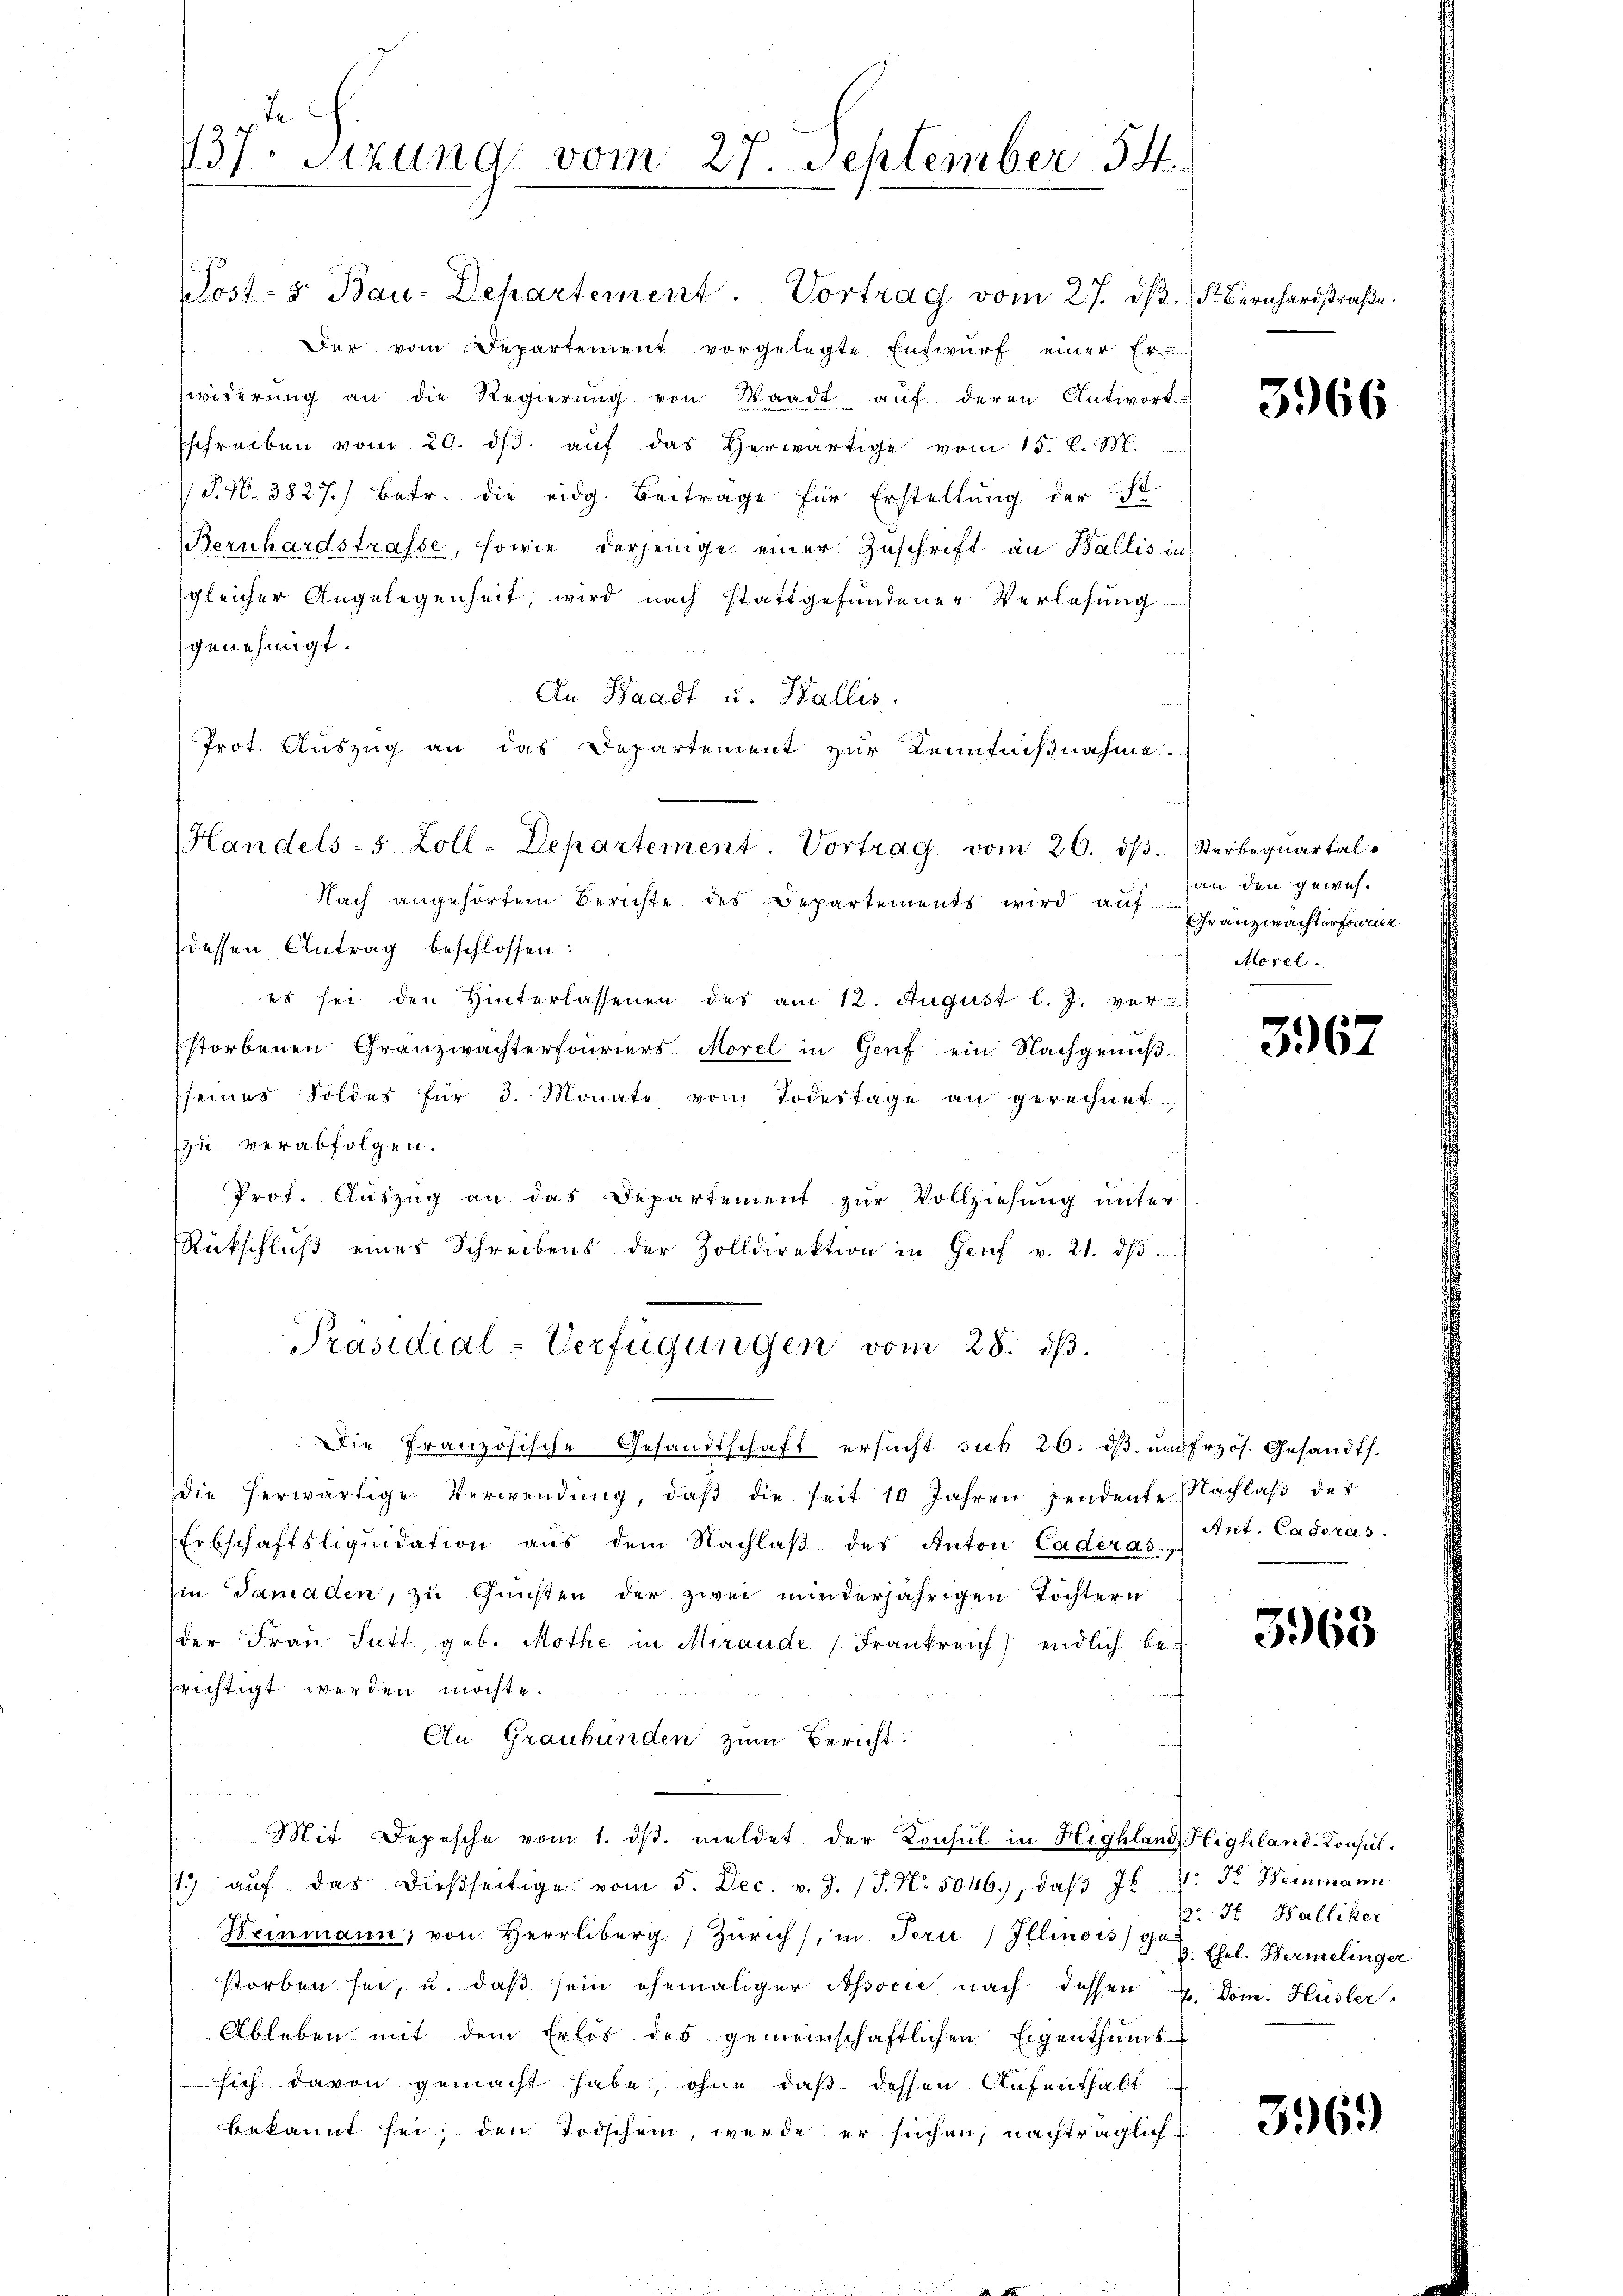
Je
737. Sitzung vom 27. September 14.

Prot. Auszug an das Departement zur Kenntnißnahme.
Handels-S. Zoll-Departement. Vortrag vom 26. dβ. Sterbeqŭartal-

Post- 5. Bau-Departement. Vortrag vom 27. dβ. 5. Bernhardstraβe.
Der vom Departement vorgelegte Entwurf einer Er
Zwiderŭng an die Regierŭng von Waadt aŭf deren Antwort:
Eschreiben vom 20. dβ aŭf das Verwärtige vom 15. l. M.
P.N. 3827.) Betr. die eidg. Beitrage für Erstellung der ist.
Bernhardstrasse, sowie derjenige einer Zuschrift an Wallis in
gleicher Angelegenheit, wird nach stattgefundener Verlesung
genehmigt.
An Waadt u. Wallis.
Nach angehörtem Berichte des Departements wird auf Gränzwachterforme
dessen Antrag beschlossen:
es sei den Hinterlassenen des am 12. August l. J. ver-
storbenen Granzwachterfouriers Morel in Genf ein Nachgenuß
seines Soldes für 3. Monate vom Todestage an gerechnet
z u. verabfolgen.
Prof. Aŭszŭg an das Departement zŭr Vollziehung unter
Rückschlŭβ eines Schreibens der Zolldirektion in Genf v. 21. dβ
Präsidial-Verfügungen vom 28. dβ.
Die Französische Gesandtschaft ersucht sub 26. dβ ŭm frzös. Gesandts.
die herwärtige Verwendŭng, daβ die seit 10 Jahren pendente Nachlaβ des
Erbschaftsliquidation aus dem Nachlaβ des Anton Caderas
in Damaden, zu Gunsten der zwei minderjährigen Töchtern
der Frau Sutt, geb. Mothe in Miraude Frankreich endlich berichtigt werden möchte.
An Graubünden zum Bericht:
u
 Mit Depesche vom 1. dβ. meldet der Konsul in Highland Highland-Consul¬
 aŭf das dieβseitige vom 5. Dec. v. J. J. Nr. 5046.), daβ Jb. 4. r. Heimann
Keinmann, von Herrliberg Zürich), in Tern) Illinois Fr. 2. Ehel. Hermelinger
storben sei, u. daβ sein ehemaliger Associe nach dessen. Dom. Hüsler
Ableben mit dem Erlös des gemeinschaftlichen Eigenthums-
sich davon gemacht habe, ohne daß dessen Aufenthalt
bekannt sei; den Todschein, werde er suchen, nachträglich

3966

an den gewes
Morel.

367

Ant. Caderas.

3968

2r 3 Walliker

396.